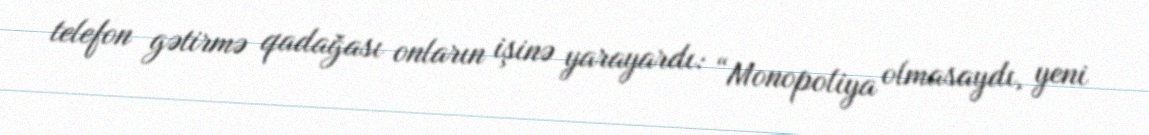
telefon gətirmə qadağası onların işinə yarayardı: “Monopoliya olmasaydı, yeni